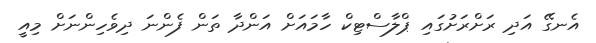
އެނގޭ އަދި ރަށްރަށުގައި ޕްލާސްޓިކް ހާމައަށް އަންދާ ތަން ފެންނަ ދިވެހިންނަށް މިއީ